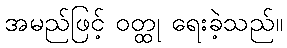
အမည်ဖြင့် ဝတ္ထု ရေးခဲ့သည်။